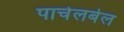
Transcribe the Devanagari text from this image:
पाचेलबेल